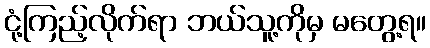
ငုံ့ကြည့်လိုက်ရာ ဘယ်သူ့ကိုမှ မတွေ့ရ။